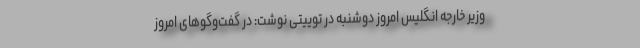
وزیر خارجه انگلیس امروز دوشنبه در توییتی نوشت: در گفت‌وگوهای امروز